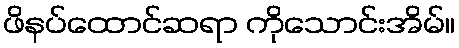
ဖိနပ်ထောင်ဆရာ ကိုသောင်းအိမ်။